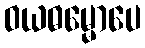
ဝယဓမ္မောပေ